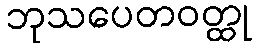
ဘုသပေတဝတ္ထု